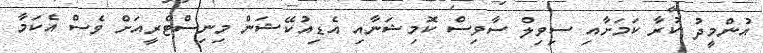
އުންމީދު ކުރާ ކަމަށާއި ސިވިލް ސާވިސް ކޮމިޝަނާއި އެޑިއުކޭޝަން މިނިސްޓްރީއަށް ވެސް އެކަމާ